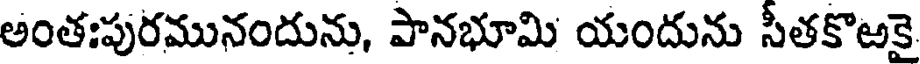
అంతఃపురమునందును, పానభూమి యందును సీతకొఱకై